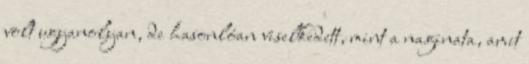
volt ugyanolyan, de hasonlóan viselkedett, mint a naginata, amit